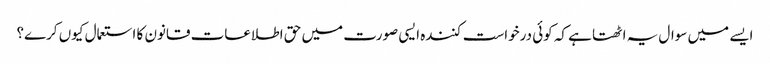
ایسے میں سوال یہ اٹھتا ہے کہ کوئی درخواست کنندہ ایسی صورت میں حق اطلاعات قانون کا استعمال کیوں کرے؟